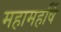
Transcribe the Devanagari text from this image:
महामहर्षि